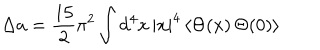
\Delta a = { \frac { 1 5 } { 2 } } \pi ^ { 2 } \int \mathrm { d } ^ { 4 } x \, | x | ^ { 4 } \, \langle \Theta ( x ) \, \Theta ( 0 ) \rangle